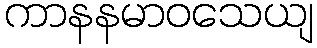
ကာနနမာဝသေယျ